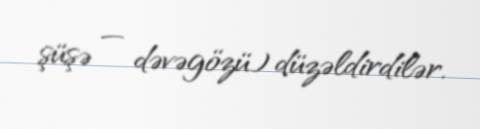
şüşə — dəvəgözü) düzəldirdilər.